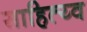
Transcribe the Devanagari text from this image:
साहित्य्व